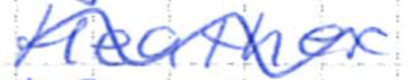
Text: Heather
Cross-out: wave
Writing tool: ballpoint